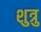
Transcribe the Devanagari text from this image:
शुत्रु